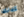
كذلك